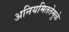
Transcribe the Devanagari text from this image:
अनियमिततेमुळे